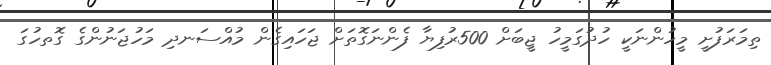
ތިމަރަފުށީ މީހުންނަކީ ހުދުގަމީހު ޖީބަށް 500ރުފިޔާ ފެންނަގޮތަށް ޖަހައިގެން މުއްސަނދި މަހުޖަނުންގެ ގޮތހުގަ